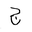
Letter: _gim